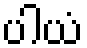
ပါယံ